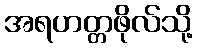
အရဟတ္တဖိုလ်သို့